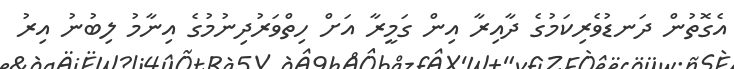
އެގޮތުން ދަނޑުވެރިކަމުގެ ދާއިރާ އިން ގަމީރާ އަށް ހިތްވަރުދިނުމުގެ އިނާމު ލިބުނު އިރު